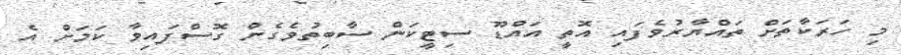
މި ހަރަކާތަށް ތައްޔާރުވެފައި އޮތީ އައްޑޫ ސިޓީކަން ސާބިތުވެގެން ގޮސްފައިވާ ކަމަށް އެ